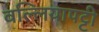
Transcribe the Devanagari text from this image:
वल्लियापट्टी